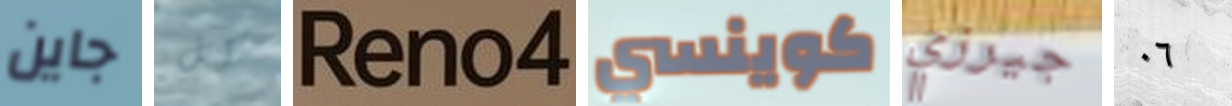
جاين كل Reno4 كوينسي جيرزي ٠٦